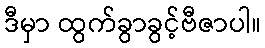
ဒီမှာ ထွက်ခွာခွင့်ဗီဇာပါ။